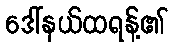
ဒေါ်နယ်ထရန့်၏